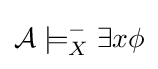
{\mathcal {A}}\models _{X}^{-}\exists x\phi